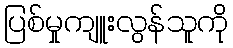
ပြစ်မှုကျူးလွန်သူကို